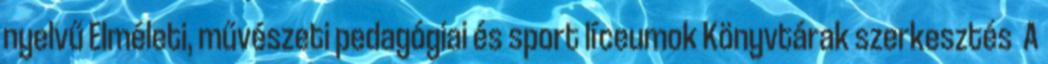
nyelvű Elméleti, művészeti pedagógiai és sport líceumok Könyvtárak szerkesztés A